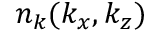
n _ { k } ( k _ { x } , k _ { z } )